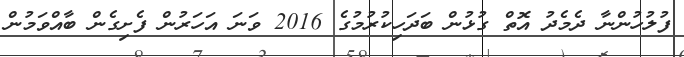
ފުލުހުންނާ ދެމެދު އޮތް ގުޅުން ބަދަހިކުރުމުގެ 2016 ވަނަ އަހަރުން ފެށިގެން ބާއްވަމުން